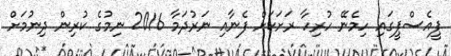
ޕީއެސްޕީގައި ހިމެނޭ ހުރިހާ ރަށަކަށް ފެނާއި ނަރުދަމާ 2016 ނިމުގެ ކުރިން ދިނުމަށް